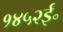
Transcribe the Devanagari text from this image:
१४५२ई॰